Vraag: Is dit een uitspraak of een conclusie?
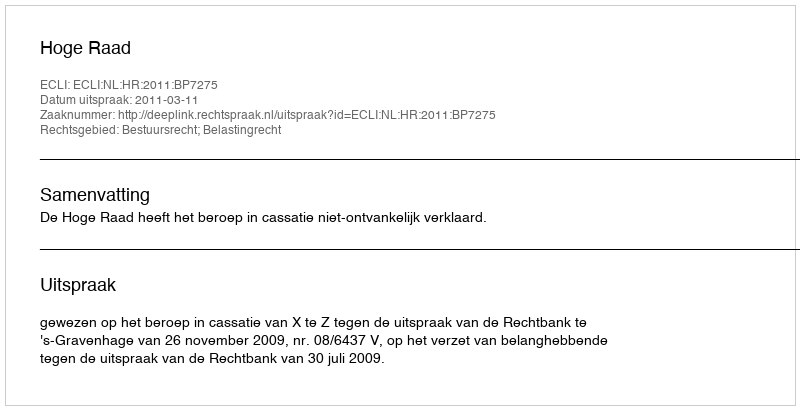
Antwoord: Uitspraak